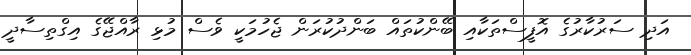
އަދި ސަރުކާރުގެ އޮފީސްތަކާއި ބޭންކުތައް ބަންދުކުރަން ޖެހުމަކީ ވެސް މުޅި ރާއްޖޭގެ އިގްތިސާދީ